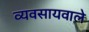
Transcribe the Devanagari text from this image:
व्यवसायवाले